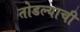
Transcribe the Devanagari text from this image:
तोडल्याची